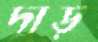
দাড়